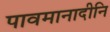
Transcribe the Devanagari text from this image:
पावमानादीनि